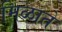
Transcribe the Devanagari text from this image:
मिळाते